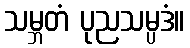
သမ္ဘတံ ပုညသမ္ပဒံ။